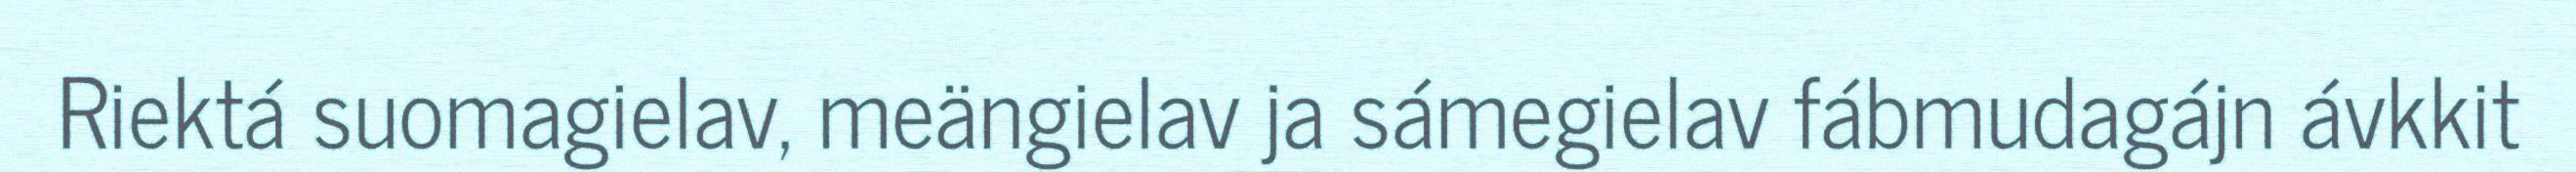
Riektá suomagielav, meängielav ja sámegielav fábmudagájn ávkkit